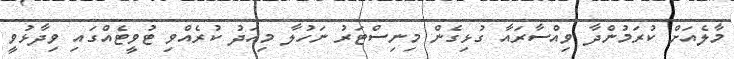
މާލެއަށް ކުރަމުންދާ ވިއްސާރައާ ގުޅިގެން މިނިސްޓަރު ނަހުލާ މިއަދު ކުރެއްވި ޓުވީޓެއްގައި ވިދާޅުވީ